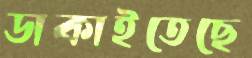
ডাকাইতেছে